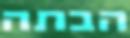
הבתה